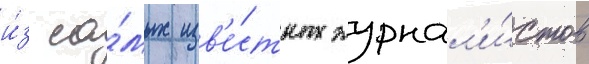
и́з са́мых изв'е́стных журнал'и́стов